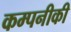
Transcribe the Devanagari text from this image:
कम्पनीकी